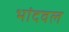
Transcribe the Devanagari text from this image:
भांदवल